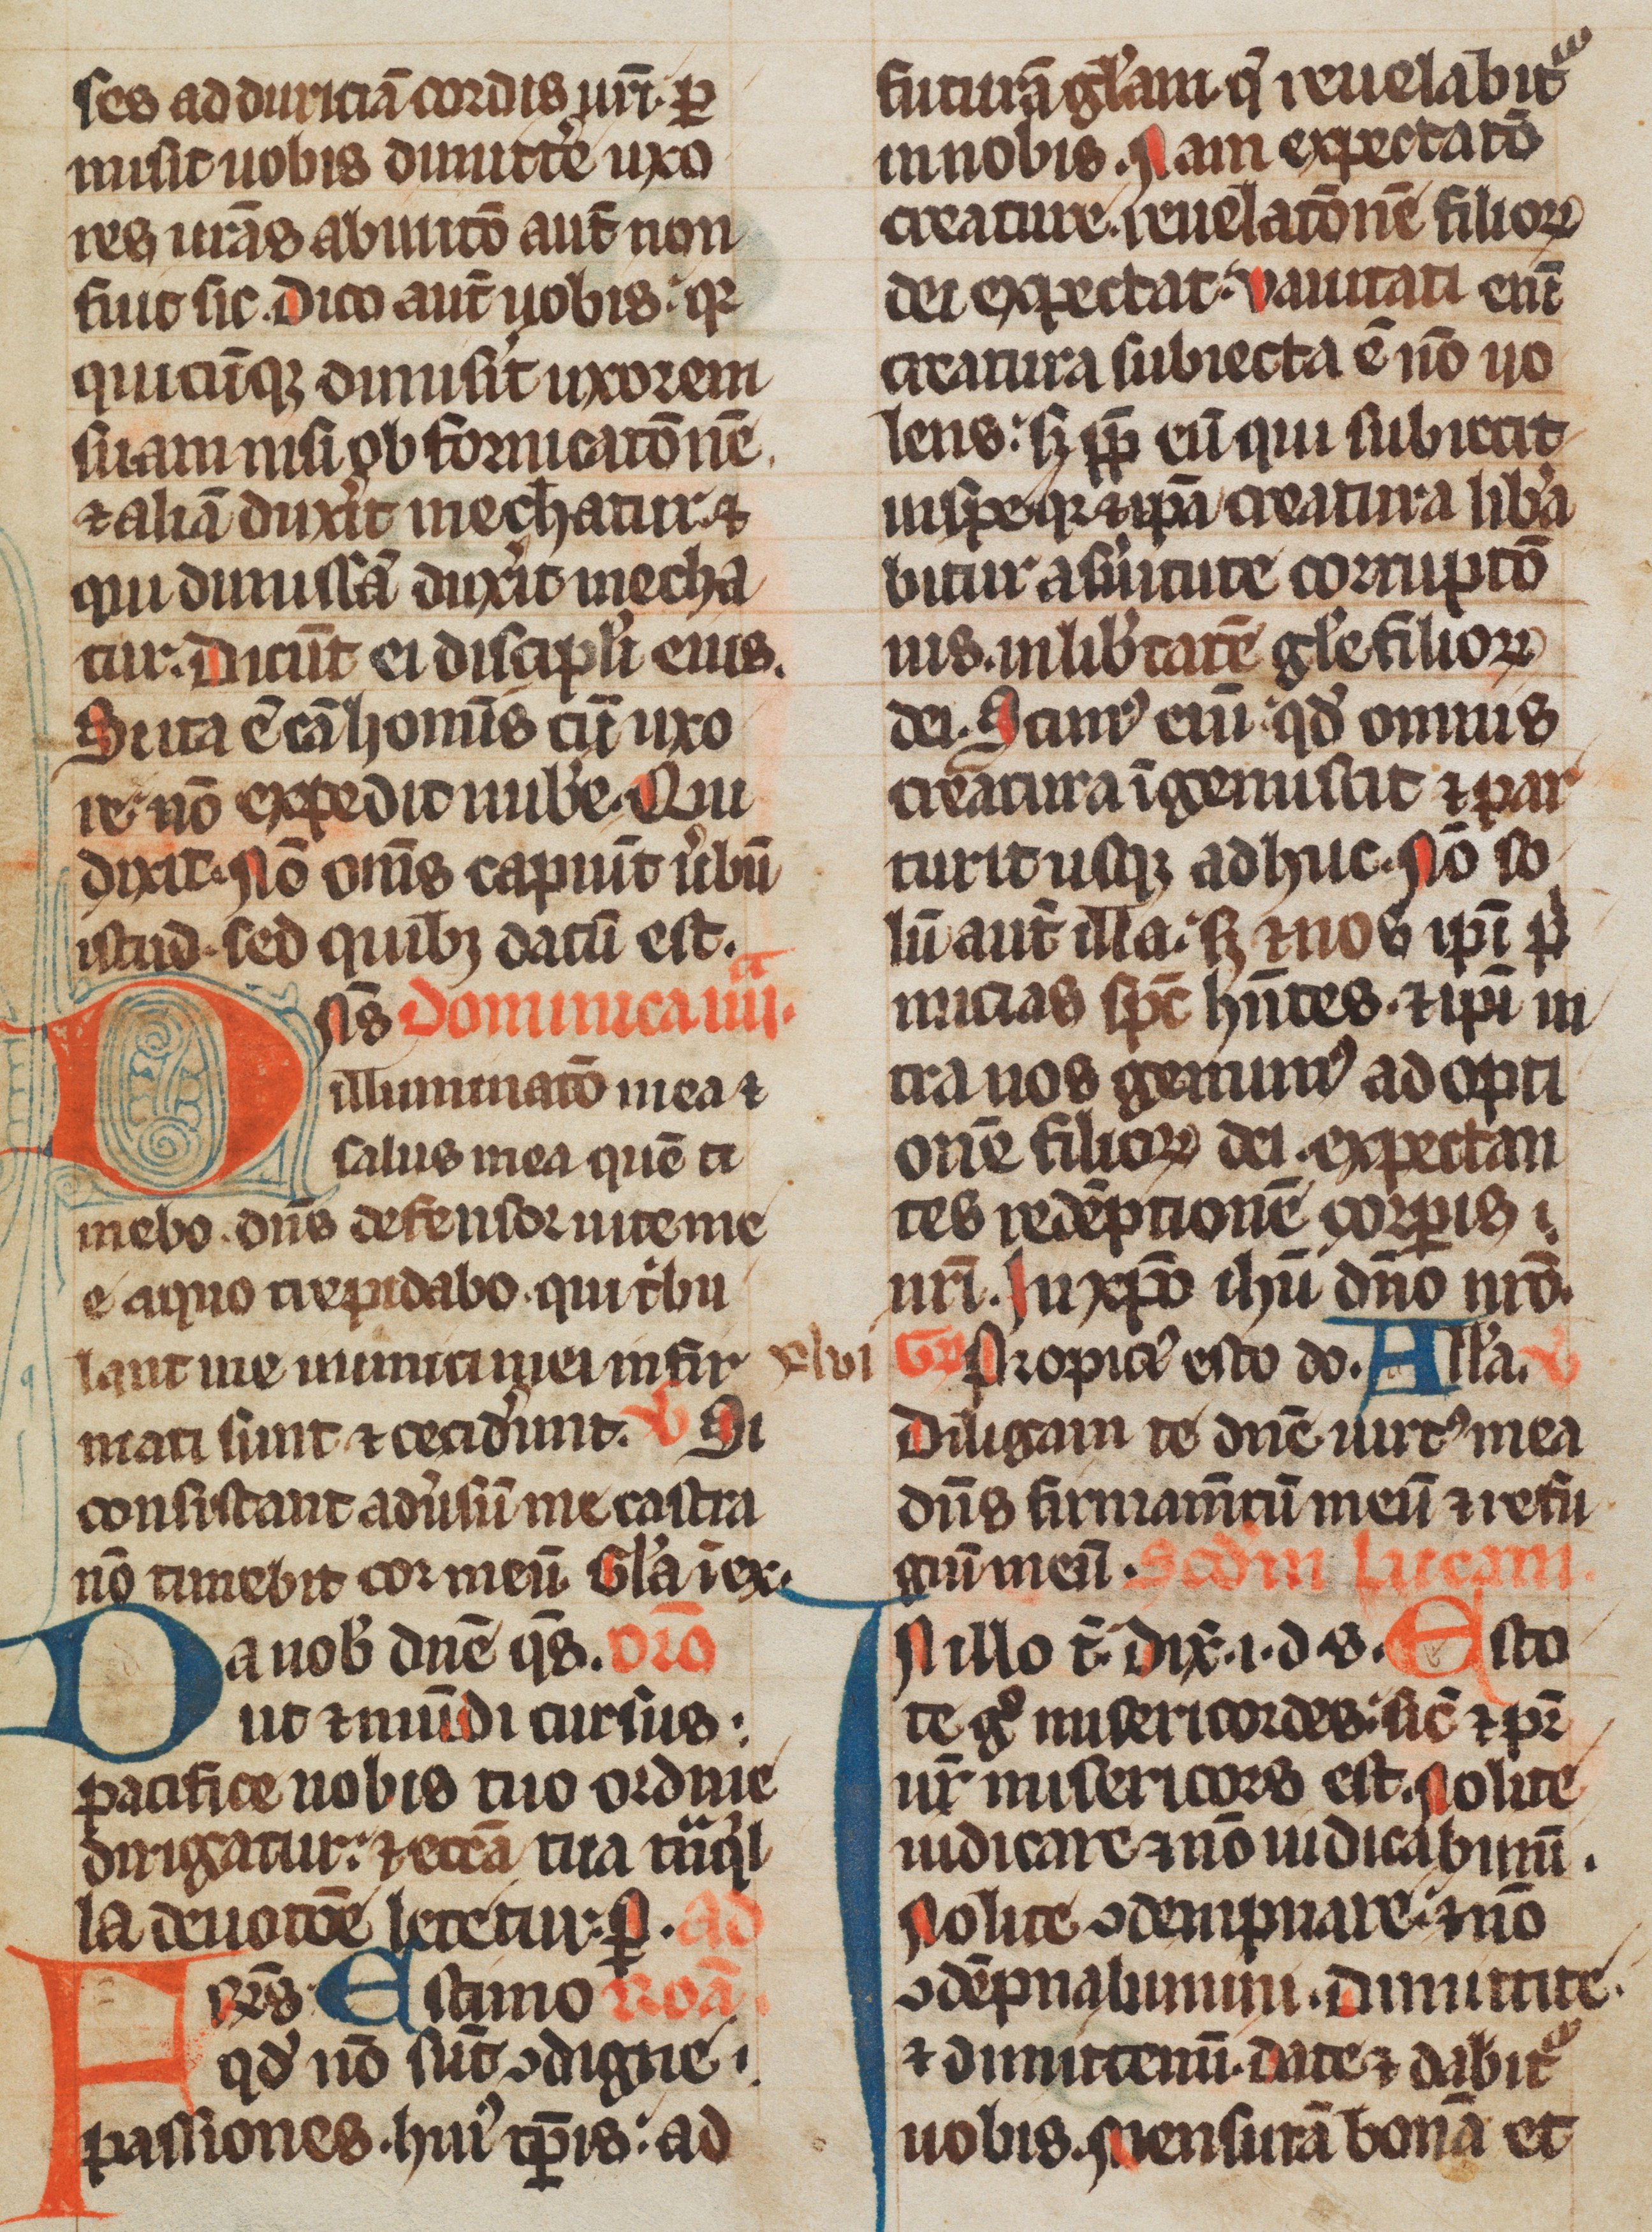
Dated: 1285–1315